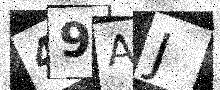
Text: 49AJ